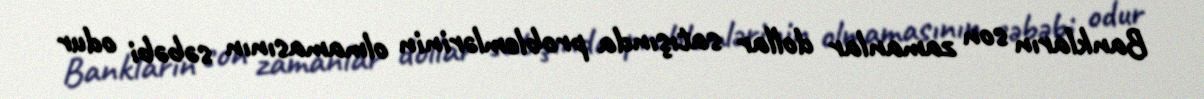
Bankların son zamanlar dollar satışında problemlərinin olmamasının səbəbi odur